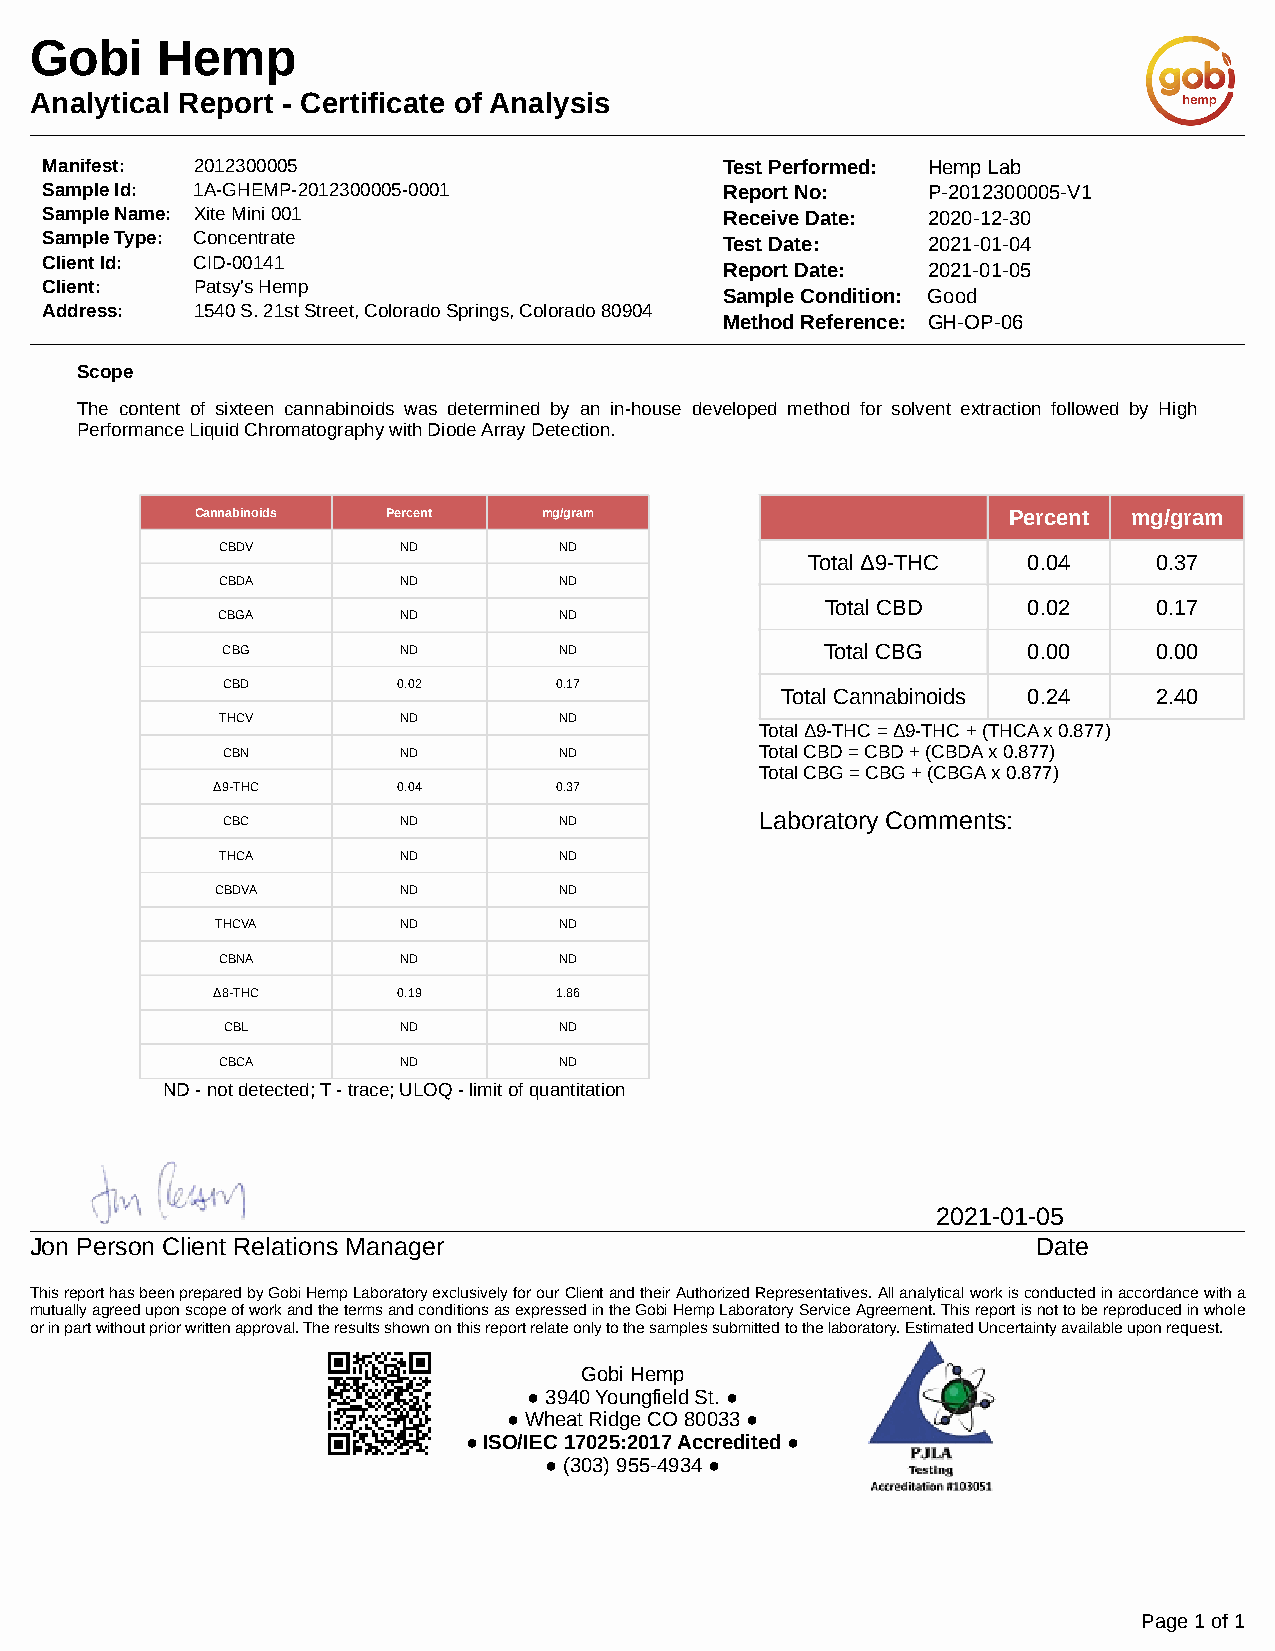
Gobi    Hemp
 Analytical Report - Certificate of Analysis
 Manifest: 2012300005                         Test Performed: Hemp Lab
 Sample Id: 1A-GHEMP-2012300005-0001          Report No:   P-2012300005-V1
 Sample Name: Xite Mini 001                   Receive Date: 2020-12-30
 Sample Type: Concentrate                     Test Date:   2021-01-04
 Client Id: CID-00141
 Report Date: 2021-01-05
 Client:   Patsy's Hemp
 Sample Condition: Good
 Address:  1540 S. 21st Street, Colorado Springs, Colorado 80904
 Method Reference: GH-OP-06
 Scope
 The content of sixteen cannabinoids was determined by an in-house developed method for solvent extraction followed by High
 Performance Liquid Chromatography with Diode Array Detection.
 Cannabinoids Percent   mg/gram                        Percent mg/gram
 CBDV         ND        ND
 Total Δ9-THC  0.04     0.37
 CBDA         ND        ND
 Total CBD    0.02     0.17
 CBGA         ND        ND
 CBG         ND        ND                Total CBG    0.00     0.00
 CBD        0.02       0.17
 Total Cannabinoids 0.24  2.40
 THCV         ND        ND
 Total Δ9-THC = Δ9-THC + (THCA x 0.877)
 CBN         ND        ND           Total CBD = CBD + (CBDA x 0.877)
 Total CBG = CBG + (CBGA x 0.877)
 Δ9-THC      0.04       0.37
 Laboratory Comments:
 CBC         ND        ND
 THCA         ND        ND
 CBDVA        ND        ND
 THCVA        ND        ND
 CBNA         ND        ND
 Δ8-THC      0.19       1.86
 CBL         ND        ND
 CBCA         ND        ND
 ND - not detected; T - trace; ULOQ - limit of quantitation
 2021-01-05
 Jon Person Client Relations Manager                                Date
 This report has been prepared by Gobi Hemp Laboratory exclusively for our Client and their Authorized Representatives. All analytical work is conducted in accordance with a
 mutually agreed upon scope of work and the terms and conditions as expressed in the Gobi Hemp Laboratory Service Agreement. This report is not to be reproduced in whole
 or in part without prior written approval. The results shown on this report relate only to the samples submitted to the laboratory. Estimated Uncertainty available upon request.
 Gobi Hemp
 ● 3940 Youngfield St. ●
 ● Wheat Ridge CO 80033 ●
 ● ISO/IEC 17025:2017 Accredited ●
 ● (303) 955-4934 ●
 Page 1 of 1